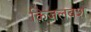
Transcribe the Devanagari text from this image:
क़िज़लबश